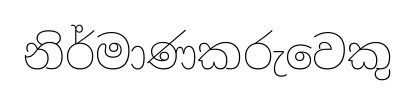
නිර්මාණකරුවෙකු